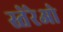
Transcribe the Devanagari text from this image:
स्तेरेओ